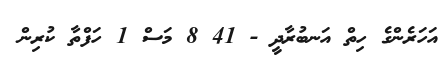
އަހަރެންގެ ހިތް އަނބުރާދީ - 41 8 މަސް 1 ހަފްތާ ކުރިން